38_143685_box_Incident_Summaries_101-172
Agency: Department of War
Page 70
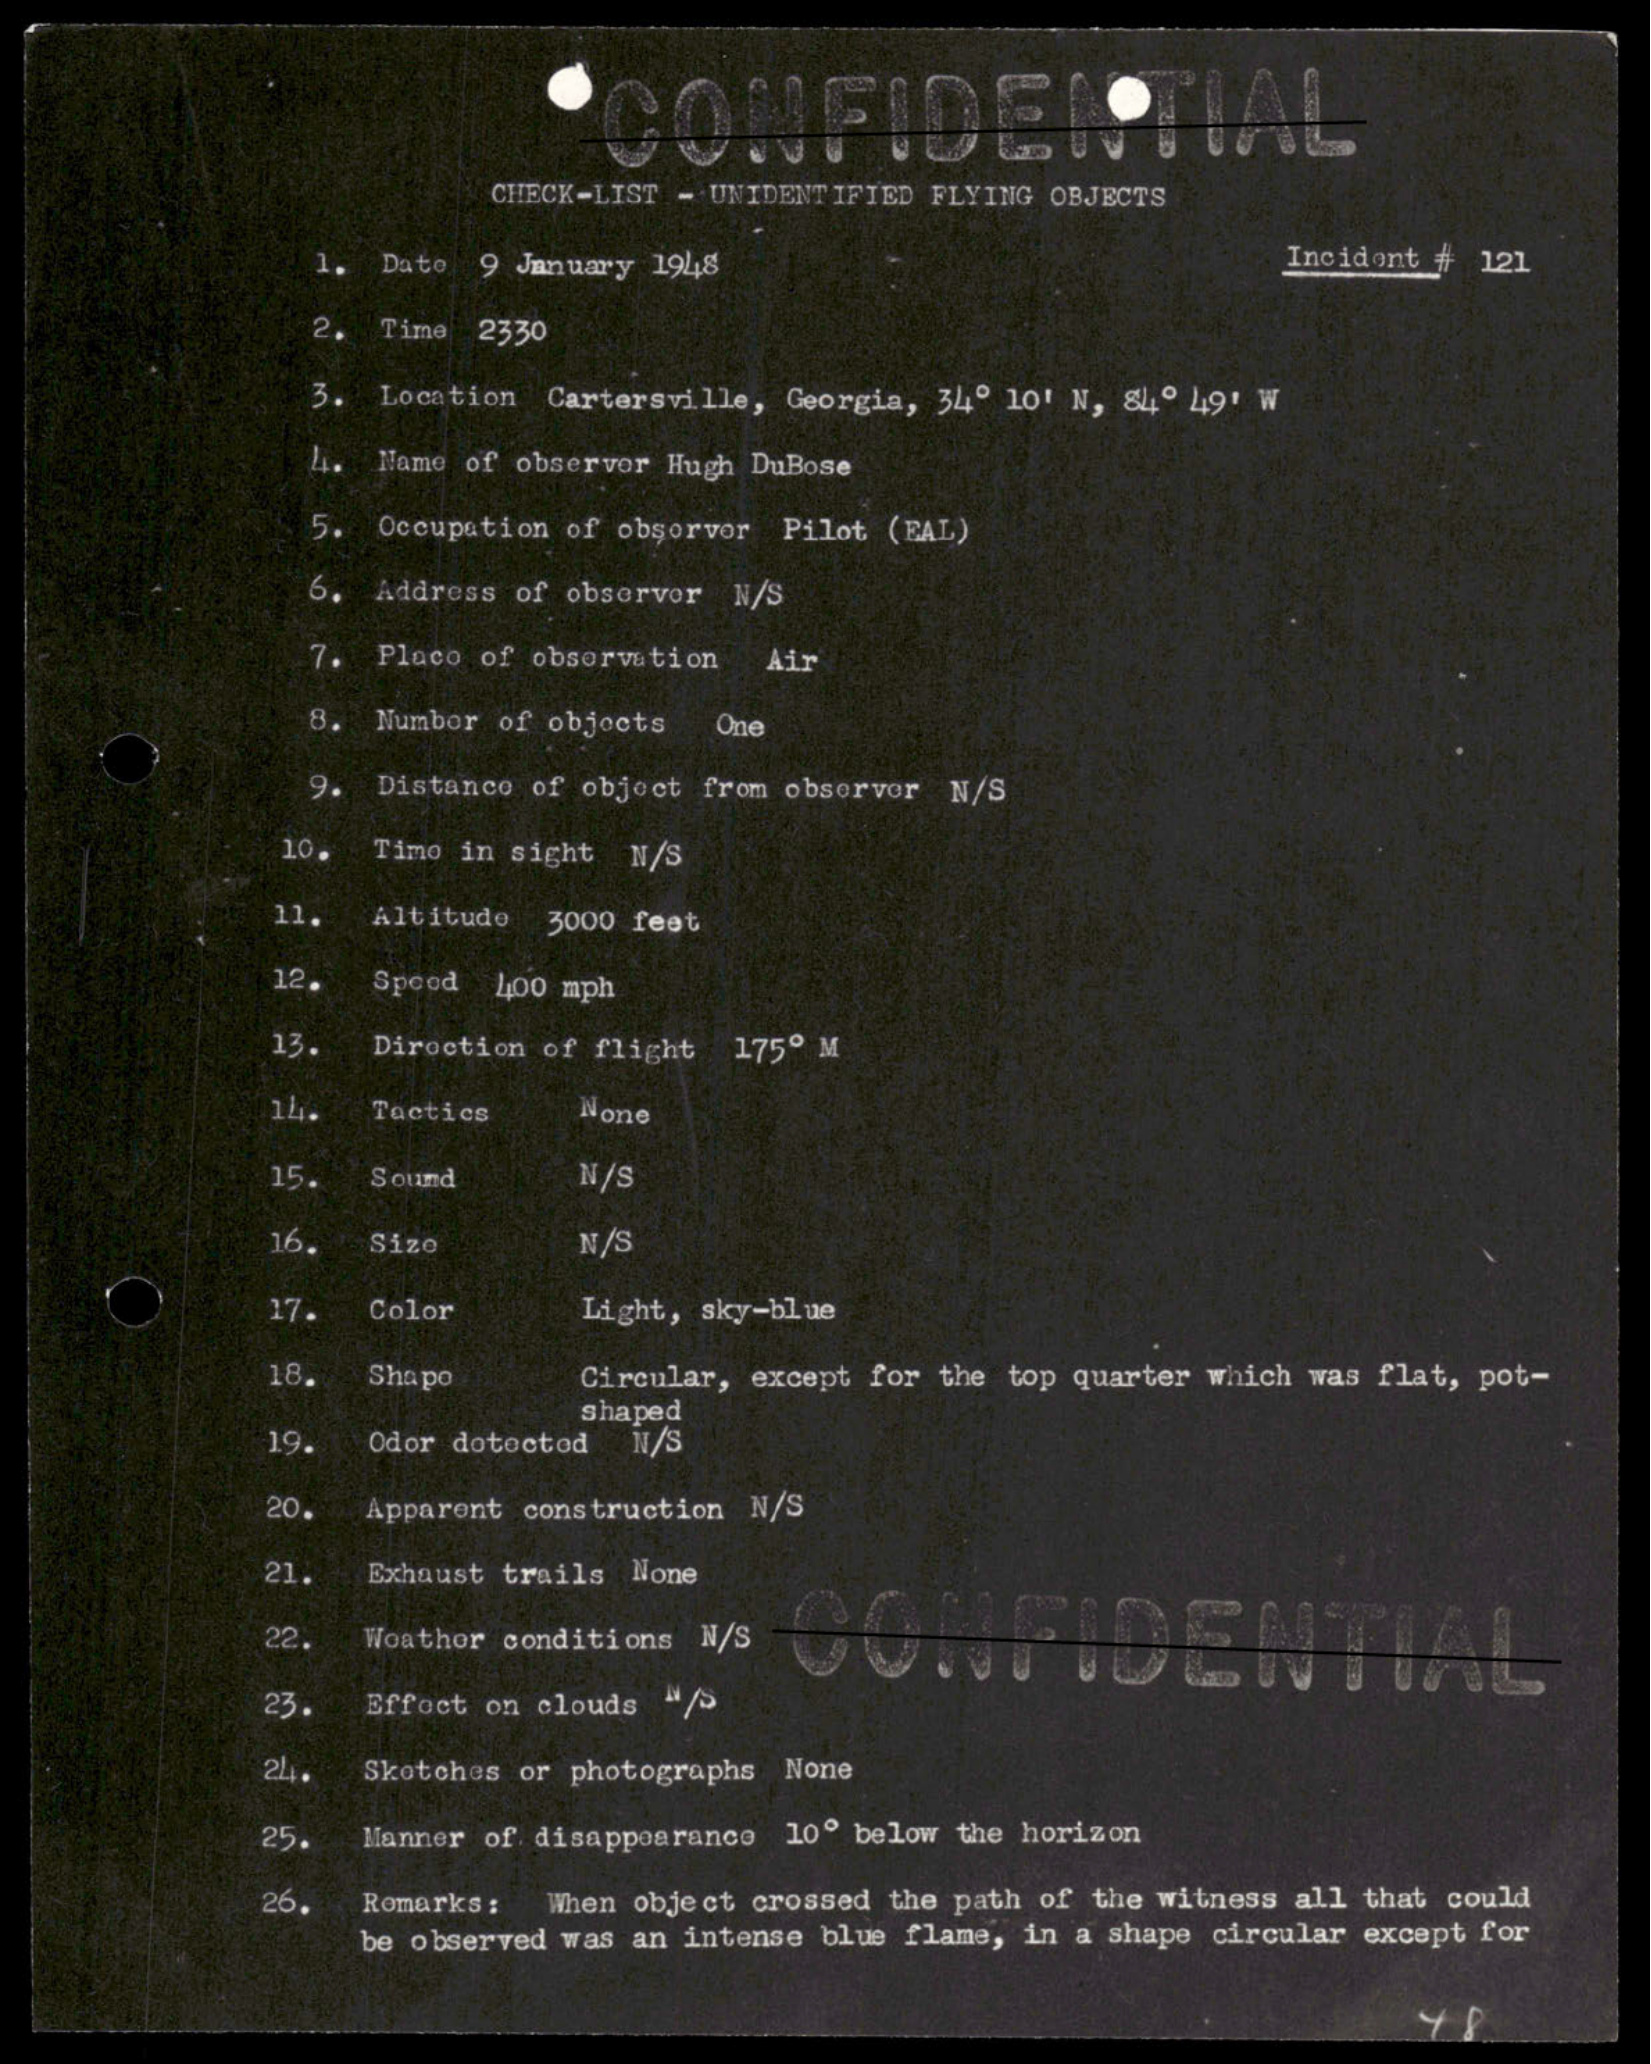